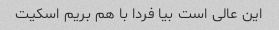
این عالی است بیا فردا با هم بریم اسکیت